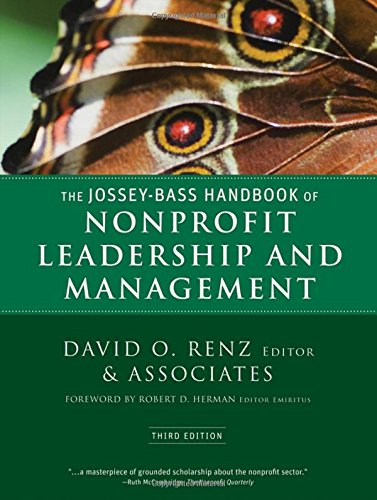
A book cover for The Jossey-Bass Handbook of Nonprofit Leadership and Management; Business & Money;